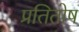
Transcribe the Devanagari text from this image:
प्रतितोष